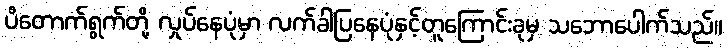
ပိတောက်ရွက်တို့ လှုပ်နေပုံမှာ လက်ခါပြနေပုံနှင့်တူကြောင်းခုမှ သဘောပေါက်သည်။